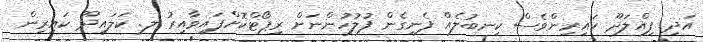
އަދި ފިއްލަދޫ ކައިރިންވެސް ކިނބުލެއް ފެނިގެން ފުލުހުންނަށް ރިޕޯޓްކޮށްފައިވާއިރު ލ. ކަލައިދޫ ކައިރިން